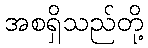
အစရှိသည်တို့